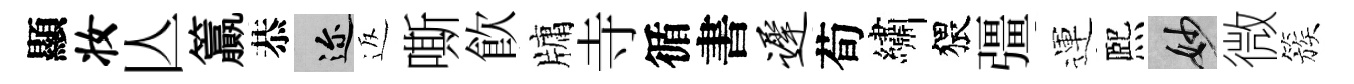
顯妆亾籯恭邇返嘶飮牗寺循書迟荀繡猥彊運熈妙微簇